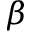
\beta